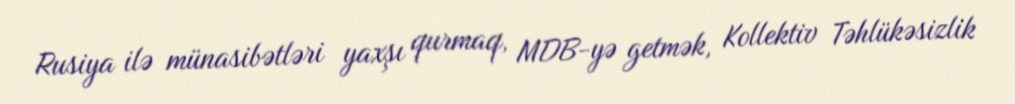
Rusiya ilə münasibətləri yaxşı qurmaq, MDB-yə getmək, Kollektiv Təhlükəsizlik